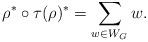
LaTeX: \begin{align*} \rho^{*} \circ \tau (\rho)^{*} = \sum_{w \in W_{G}} w. \end{align*}